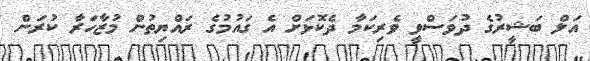
އަލް ބަޝީރުގެ ދުވަސްވީ ވެރިކަމާ ދެކޮޅަށް އެ ގައުމުގެ ރައްޔިތުން މުޒާހަރާ ކުރަން